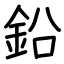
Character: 鉛